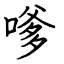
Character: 嗲